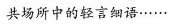
共场所中的轻言细语……